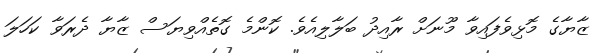
ޒާޔާގެ މޮޅިވެފައިވާ މޫނަށް ރާއިދު ބަލާލިއެވެ. ކޮންމެ ގޮތެއްވިޔަސް ޒާޔާ ދެރަވާ ކަހަލަ